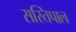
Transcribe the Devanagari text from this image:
सस्तिपाल